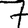
Digit: 7